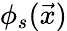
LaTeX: \phi_{s}(\vec{x})